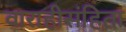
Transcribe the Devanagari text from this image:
वाराहीसंहिता